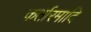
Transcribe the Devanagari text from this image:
कर्तारमादि